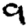
Digit: 9